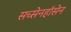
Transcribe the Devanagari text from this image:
सच्सेनहॉसेन